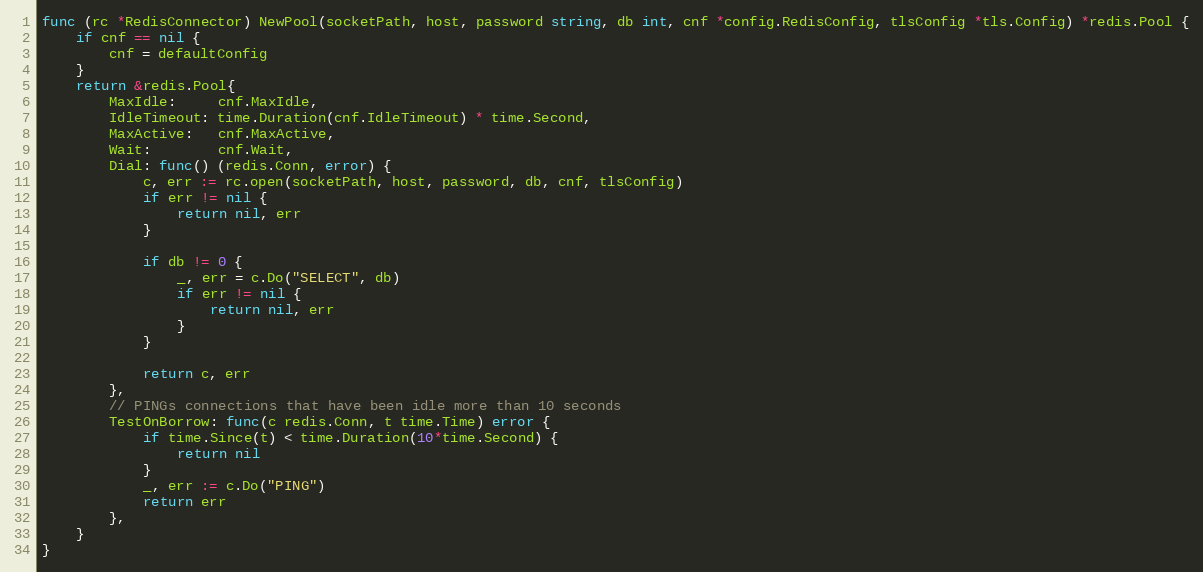
Language: Go
func (rc *RedisConnector) NewPool(socketPath, host, password string, db int, cnf *config.RedisConfig, tlsConfig *tls.Config) *redis.Pool {
	if cnf == nil {
		cnf = defaultConfig
	}
	return &redis.Pool{
		MaxIdle:     cnf.MaxIdle,
		IdleTimeout: time.Duration(cnf.IdleTimeout) * time.Second,
		MaxActive:   cnf.MaxActive,
		Wait:        cnf.Wait,
		Dial: func() (redis.Conn, error) {
			c, err := rc.open(socketPath, host, password, db, cnf, tlsConfig)
			if err != nil {
				return nil, err
			}

			if db != 0 {
				_, err = c.Do("SELECT", db)
				if err != nil {
					return nil, err
				}
			}

			return c, err
		},
		// PINGs connections that have been idle more than 10 seconds
		TestOnBorrow: func(c redis.Conn, t time.Time) error {
			if time.Since(t) < time.Duration(10*time.Second) {
				return nil
			}
			_, err := c.Do("PING")
			return err
		},
	}
}